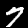
Label: 7